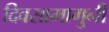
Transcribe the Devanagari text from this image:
दिवसामागुनी